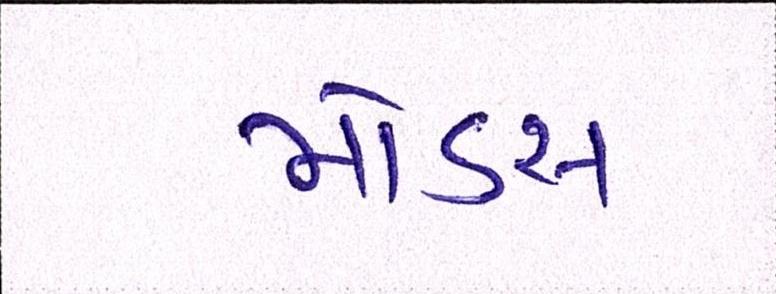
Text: મોડસ